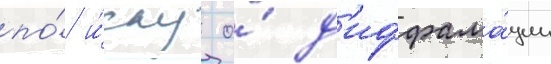
по́ и́ску о́ д'иффама́ции